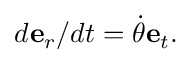
d \mathbf { e } _ { r } / d t = { \dot { \theta } } \mathbf { e } _ { t } .